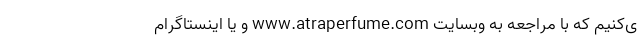
ی‌کنیم که با مراجعه به وبسایت www.atraperfume.com و یا اینستاگرام